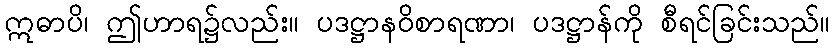
ဣဓာပိ၊ ဤဟာရ၌လည်း။ ပဒဋ္ဌာနဝိစာရဏာ၊ ပဒဋ္ဌာန်ကို စီရင်ခြင်းသည်။